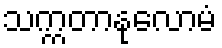
သက္ကတာနုလောမံ